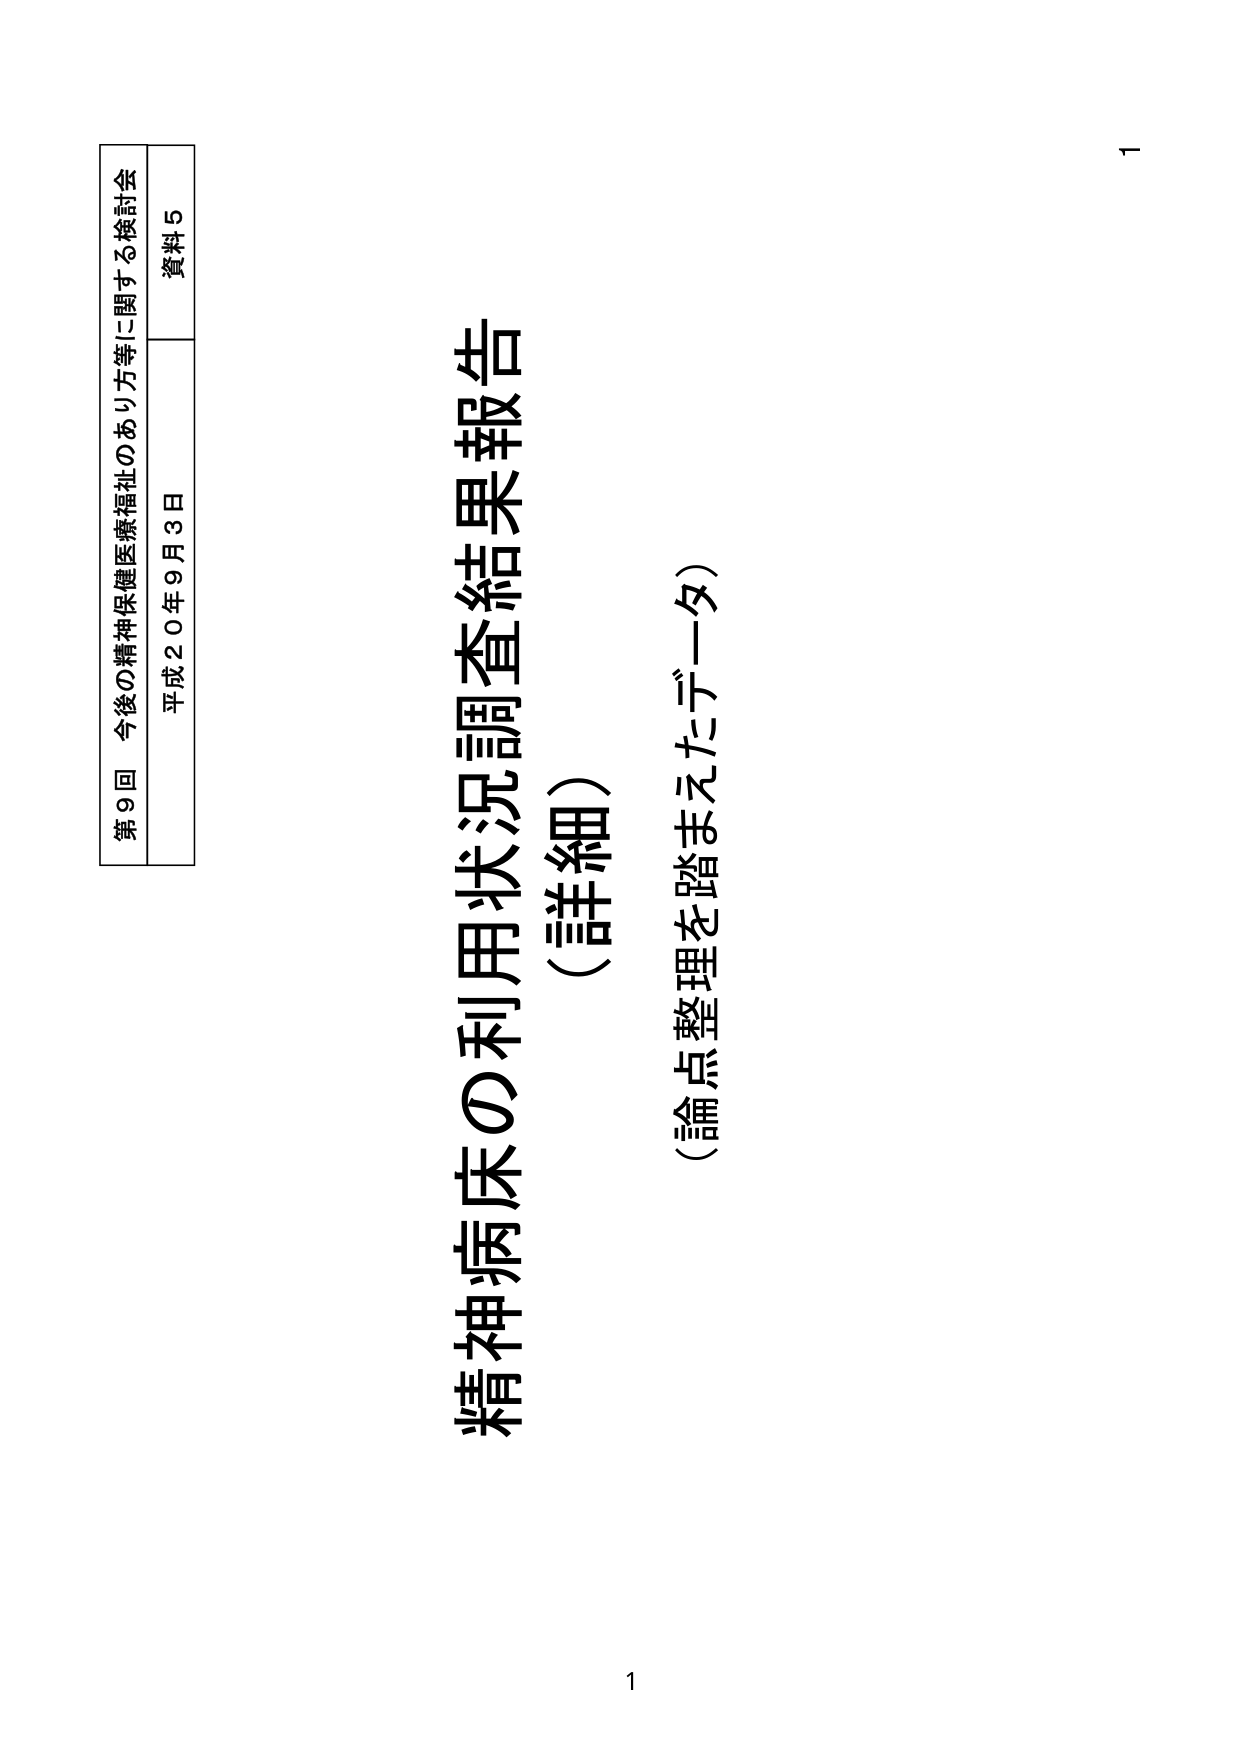
第9回 今後の精神保健医療福祉のあり方等に関する検討会
平成20年9月3日
資料5

精神病床の利用状況調査結果報告
（詳細）
（論点整理を踏まえたデータ）

1